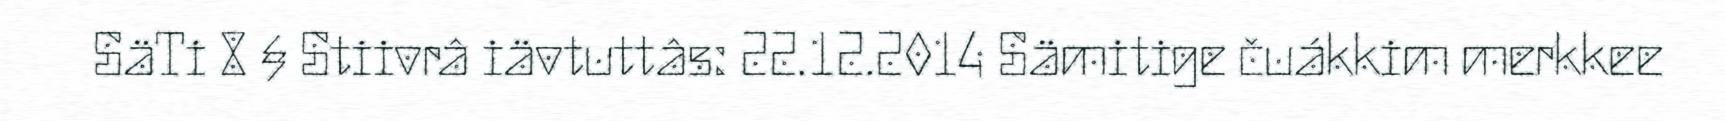
SäTi 8 § Stiivrâ iävtuttâs: 22.12.2014 Sämitige čuákkim merkkee